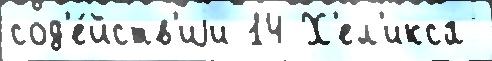
сод'е́йств'иjи 14 Х'ел'икса